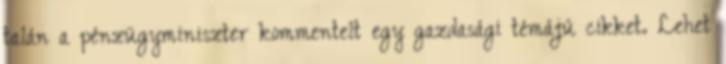
talán a pénzügyminiszter kommentelt egy gazdasági témájú cikket. Lehet